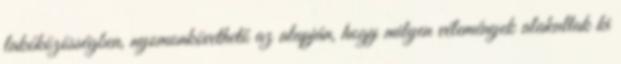
lakóközösségben, nyomonkövethető az alapján, hogy milyen vélemények alakultak ki